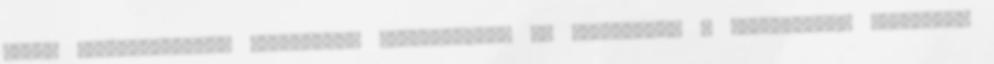
világ legalacsonyabb tinédzsere kategóriában is csúcstartó – hagyományos száriban,